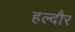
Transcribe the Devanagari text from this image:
हल्दौर